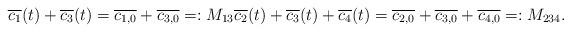
LaTeX: \begin{align*}\overline{c_1}(t) + \overline{c_3}(t) = \overline{c_{1,0}} + \overline{c_{3,0}} =: M_{13} \overline{c_2}(t) + \overline{c_3}(t) + \overline{c_4}(t) = \overline{c_{2,0}} + \overline{c_{3,0}} + \overline{c_{4,0}} =: M_{234}.\end{align*}